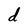
Character: d